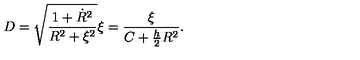
D = \sqrt { \frac { 1 + \dot { R } ^ { 2 } } { R ^ { 2 } + \xi ^ { 2 } } } \xi = \frac { \xi } { C + \frac { h } { 2 } R ^ { 2 } } .